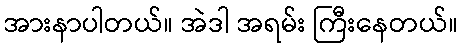
အားနာပါတယ်။ အဲဒါ အရမ်း ကြီးနေတယ်။